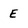
Character: E